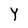
Character: Y